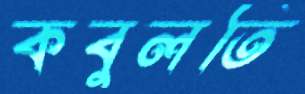
কবুলতি